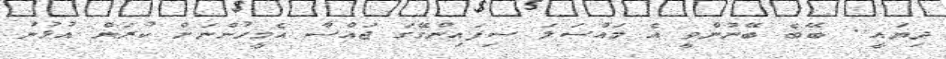
ދިޔައީ.. ބޭބެ ބޭނުންވީ އެ މައްސަލަ ސިފައިންގޭގަ ޖައްސާ އެމީހުންނަށް ކުރަން އުޅުނު